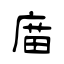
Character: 庿